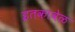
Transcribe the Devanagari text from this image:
इतकावेळ